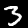
Digit: 3